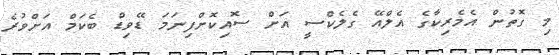
މި ގޮތުން އެމެރިކާގެ އެލްއޭ ގެލެކްސީ އަށް ސޮއިކޮށްފިނަމަ ޑޭވިޑް ބެކަމް އަށްވުރެ